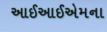
આઈઆઈએમના